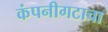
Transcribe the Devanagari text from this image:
कंपनीगटाचा